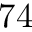
7 4